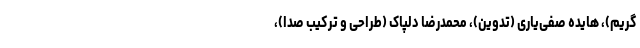
گریم)، هایده صفی‌یاری (تدوین)، محمدرضا دلپاک (طراحی و ترکیب صدا)،